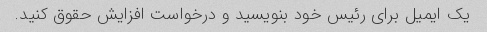
یک ایمیل برای رئیس خود بنویسید و درخواست افزایش حقوق کنید.